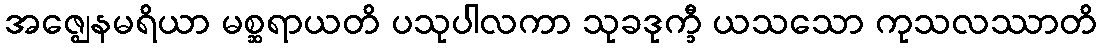
အဇ္ဈေနမရိယာ မစ္ဆရာယတိ ပသုပါလကာ သုခဒုက္ခီ ယသသော ကုသလဿာတိ